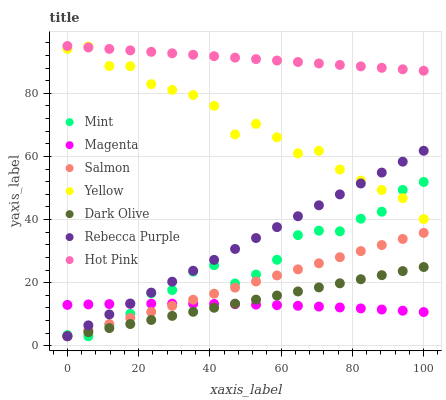
| xaxis_label | Mint | Magenta | Salmon | Yellow | Dark Olive | Rebecca Purple | Hot Pink |
 | --- | --- | --- | --- | --- | --- | --- | --- |
 | 0 | 3.39 | 12.9 | 3 | 94.1 | 3 | 3 | 95 |
 | 5.88 | 3 | 13.1 | 4.93 | 94.8 | 4.29 | 6.46 | 94.5 |
 | 11.8 | 6.51 | 13.2 | 6.86 | 88.6 | 5.58 | 9.92 | 94.1 |
 | 17.6 | 10.1 | 13.3 | 8.78 | 88.6 | 6.87 | 13.4 | 93.6 |
 | 23.5 | 16.6 | 13.3 | 10.7 | 82.9 | 8.16 | 16.8 | 93.2 |
 | 29.4 | 17.6 | 13.3 | 12.6 | 81.1 | 9.45 | 20.3 | 92.7 |
 | 35.3 | 23.5 | 13.3 | 14.6 | 79.5 | 10.7 | 23.8 | 92.2 |
 | 41.2 | 25.5 | 13.3 | 16.5 | 76 | 12 | 27.2 | 91.8 |
 | 47.1 | 19.7 | 13.2 | 18.4 | 67 | 13.3 | 30.7 | 91.3 |
 | 52.9 | 22.6 | 13 | 20.3 | 70.3 | 14.6 | 34.1 | 90.9 |
 | 58.8 | 27.2 | 12.9 | 22.3 | 66.1 | 15.9 | 37.6 | 90.4 |
 | 64.7 | 35 | 12.6 | 24.2 | 61 | 17.2 | 41 | 89.9 |
 | 70.6 | 36.5 | 12.4 | 26.1 | 61.8 | 18.5 | 44.5 | 89.5 |
 | 76.5 | 36.3 | 12.1 | 28.1 | 55.9 | 19.8 | 48 | 89 |
 | 82.4 | 40.3 | 11.8 | 30 | 52.4 | 21.1 | 51.4 | 88.5 |
 | 88.2 | 42.5 | 11.5 | 31.9 | 49.4 | 22.4 | 54.9 | 88.1 |
 | 94.1 | 49.4 | 11.1 | 33.8 | 46.8 | 23.7 | 58.3 | 87.6 |
 | 100 | 51.9 | 10.7 | 35.8 | 40.1 | 24.9 | 61.8 | 87.2 |